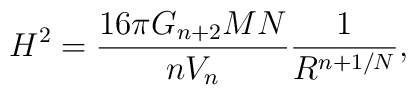
H^2 = \frac{16\pi G_{n+2} MN}{nV_n}\frac{1}{R^{n+1/N}},